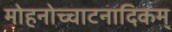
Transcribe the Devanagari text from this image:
मोहनोच्चाटनादिकम्